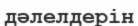
дәлелдерін